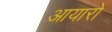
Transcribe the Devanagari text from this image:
आयारो